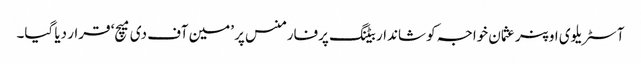
آسٹریلوی اوپنر عثمان خواجہ کو شاندار بیٹنگ پرفارمنس پر ’مین آف دی میچ‘ قرار دیا گیا۔